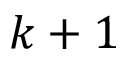
k + 1